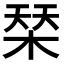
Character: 𣓁